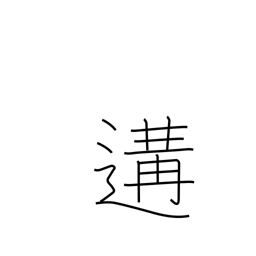
Meaning: meet